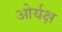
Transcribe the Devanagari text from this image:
ओर्यक्ष